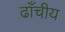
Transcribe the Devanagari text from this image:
ढाँचीय